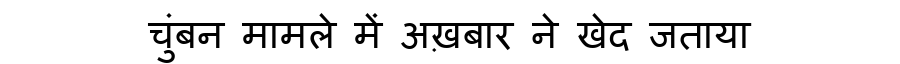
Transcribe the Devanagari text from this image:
चुंबन मामले में अख़बार ने खेद जताया